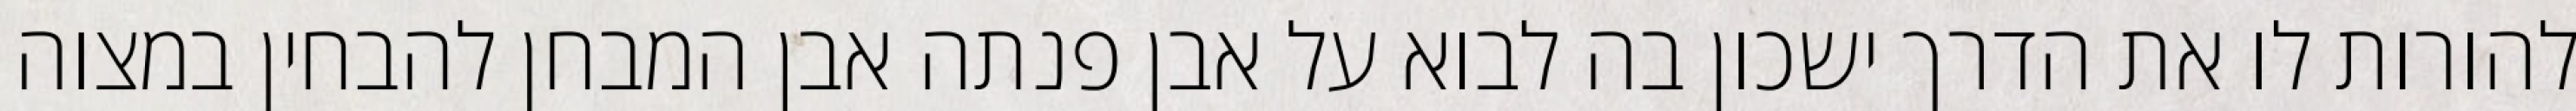
להורות לו את הדרך ישכון בה לבוא על אבן פנתה אבן המבחן להבחין במצוה